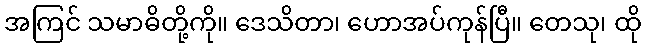
အကြင် သမာဓိတို့ကို။ ဒေသိတာ၊ ဟောအပ်ကုန်ပြီ။ တေသု၊ ထို